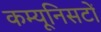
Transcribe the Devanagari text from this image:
कम्यूनिसटों